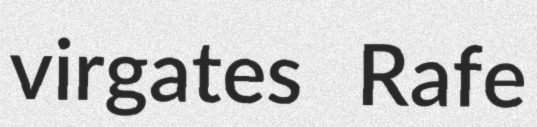
virgates Rafe